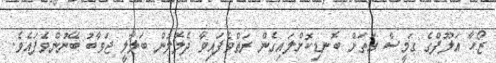
ޒޯހާ އަލޫފްގެ ގަމީސް އަތަށް ބޮނޑިކޮށްލައިގެން ރަތްވެފައިވާ ދެލޮލުން ބަލާލީ ޖަވާބު ބޭނުންވެފައެވެ.